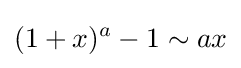
(1+x)^{a}-1\sim ax